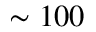
\sim 1 0 0